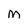
Character: M